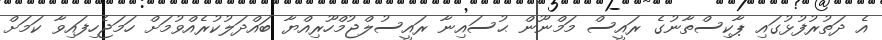
އެ ދަތުރުފުޅުގައި ޕާކިސްތާނުގެ ރައީސް މަމްނޫން ޙުސައިނާ ރައީސުލްޖުމްހޫރިއްޔާ ބައްދަލުކުރެއްވުމަށް ހަމަޖެހިފައިވާ ކަމަށް